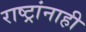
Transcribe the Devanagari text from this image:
राष्ट्रांनाही